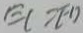
E C > E D